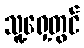
သူ့ရှေ့တွင်